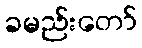
ခမည်းတော်